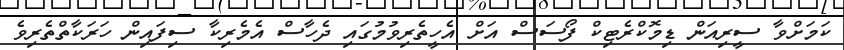
ކަމަށްވާ ސީރިއަން ޑިމޮކްރެޓިކް ފޯސަސް އަށް އެހީތެރިވުމުގައި ދެހާސް އެމެރިކާ ސިފައިން ހަރަކާތްތެރިވެ